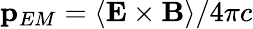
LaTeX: \mathbf{p}_{EM}=\left\langle\mathbf{E}\times\mathbf{B}\right\rangle/4\pi c